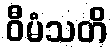
ဝီမံသတိ